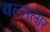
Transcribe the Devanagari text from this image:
वल्ललार